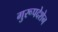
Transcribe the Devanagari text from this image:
गुरूपदेशेन